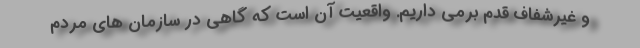
و غیرشفاف قدم برمی داریم. واقعیت آن است که گاهی در سازمان های مردم